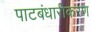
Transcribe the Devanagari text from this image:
पाटबंधारीकरण